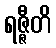
ရဇ္ဇီတိ